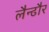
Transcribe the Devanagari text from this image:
लैन्ढौर